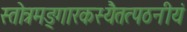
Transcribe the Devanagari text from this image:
स्तोत्रमङ्गारकस्यैतत्पठनीयं